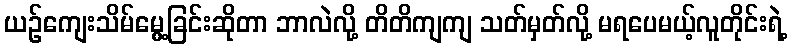
ယဉ်ကျေးသိမ်မွေ့ခြင်းဆိုတာ ဘာလဲလို့ တိတိကျကျ သတ်မှတ်လို့ မရပေမယ့်လူတိုင်းရဲ့